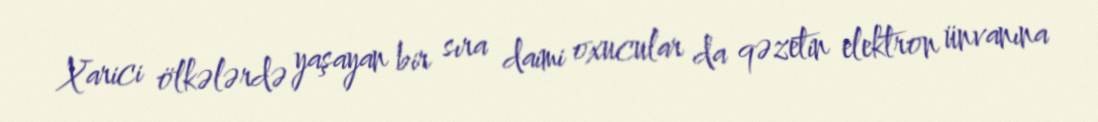
Xarici ölkələrdə yaşayan bir sıra daimi oxucular da qəzetin elektron ünvanına